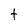
Character: t